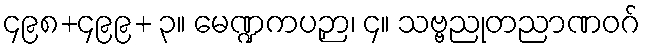
၄၉၈+၄၉၉+ ၃။ မေဏ္ဍကပဉှာ၊ ၄။ သဗ္ဗညုတညာဏဝဂ်